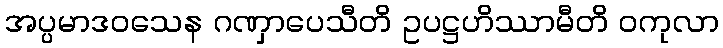
အပ္ပမာဒဝသေန ဂဏှာပေသီတိ ဥပဋ္ဌဟိဿာမီတိ ဝကုလာ